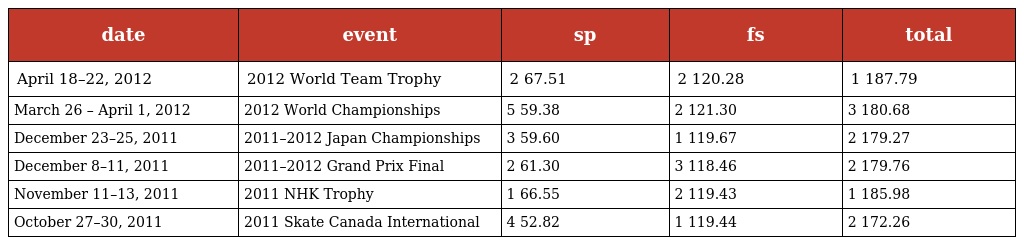
| date | event | sp | fs | total |
 | --- | --- | --- | --- | --- |
 | April 18–22, 2012 | 2012 World Team Trophy | 2 67.51 | 2 120.28 | 1 187.79 |
 | March 26 – April 1, 2012 | 2012 World Championships | 5 59.38 | 2 121.30 | 3 180.68 |
 | December 23–25, 2011 | 2011–2012 Japan Championships | 3 59.60 | 1 119.67 | 2 179.27 |
 | December 8–11, 2011 | 2011–2012 Grand Prix Final | 2 61.30 | 3 118.46 | 2 179.76 |
 | November 11–13, 2011 | 2011 NHK Trophy | 1 66.55 | 2 119.43 | 1 185.98 |
 | October 27–30, 2011 | 2011 Skate Canada International | 4 52.82 | 1 119.44 | 2 172.26 |